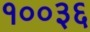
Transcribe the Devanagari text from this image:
१००३६